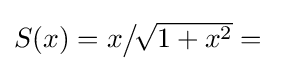
{\textstyle {\vphantom {\Big |}}S(x)=x{\big /}\!{\sqrt {1+x^{2}}}={}}